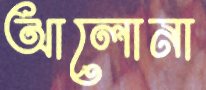
আলোনা